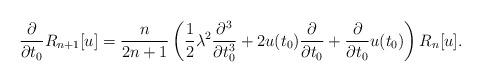
LaTeX: \begin{align*}\frac{\partial}{\partial t_{0}} R_{n+1}[u] = \frac{n}{2n+1}\left( \frac{1}{2}\lambda^{2} \frac{\partial^{3}}{\partial t_{0}^{3}} + 2 u(t_{0}) \frac{\partial}{\partial t_{0}}+ \frac{\partial}{\partial t_{0}}u(t_{0}) \right) R_{n}[u]. \end{align*}